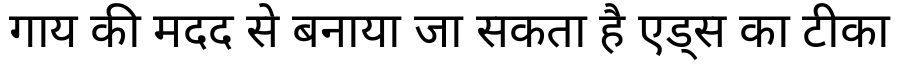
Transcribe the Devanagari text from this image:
गाय की मदद से बनाया जा सकता है एड्स का टीका